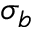
\sigma _ { b }